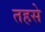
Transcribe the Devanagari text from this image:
तहसे